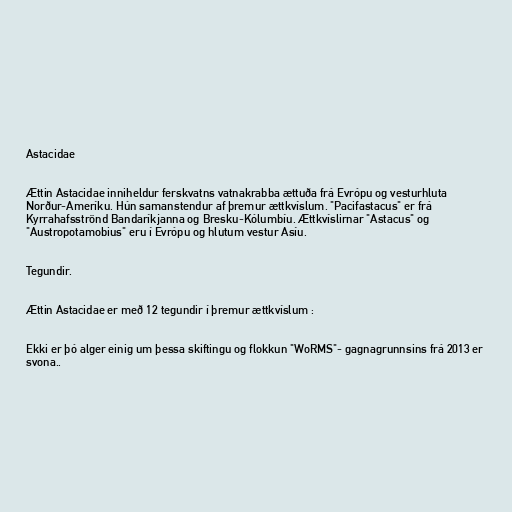
Astacidae

Ættin Astacidae inniheldur ferskvatns vatnakrabba ættuða frá Evrópu og vesturhluta
Norður-Ameríku. Hún samanstendur af þremur ættkvíslum. "Pacifastacus" er frá
Kyrrahafsströnd Bandaríkjanna og Bresku-Kólumbíu. Ættkvíslirnar "Astacus" og
"Austropotamobius" eru í Evrópu og hlutum vestur Asíu.

Tegundir.

Ættin Astacidae er með 12 tegundir í þremur ættkvíslum :

Ekki er þó alger einig um þessa skiftingu og flokkun "WoRMS"- gagnagrunnsins frá 2013 er
svona..